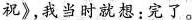
祝》，我当时就想:完了。